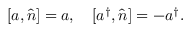
[ a , \hat { n } ] = a , ~ ~ ~ [ a ^ { \dag } , \hat { n } ] = - a ^ { \dag } .